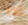
إذا